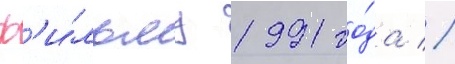
ф'и́льму 1991 го́да //